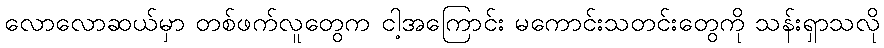
လောလောဆယ်မှာ တစ်ဖက်လူတွေက ငါ့အကြောင်း မကောင်းသတင်းတွေကို သန်းရှာသလို